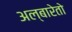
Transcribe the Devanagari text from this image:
अल्बारेतो